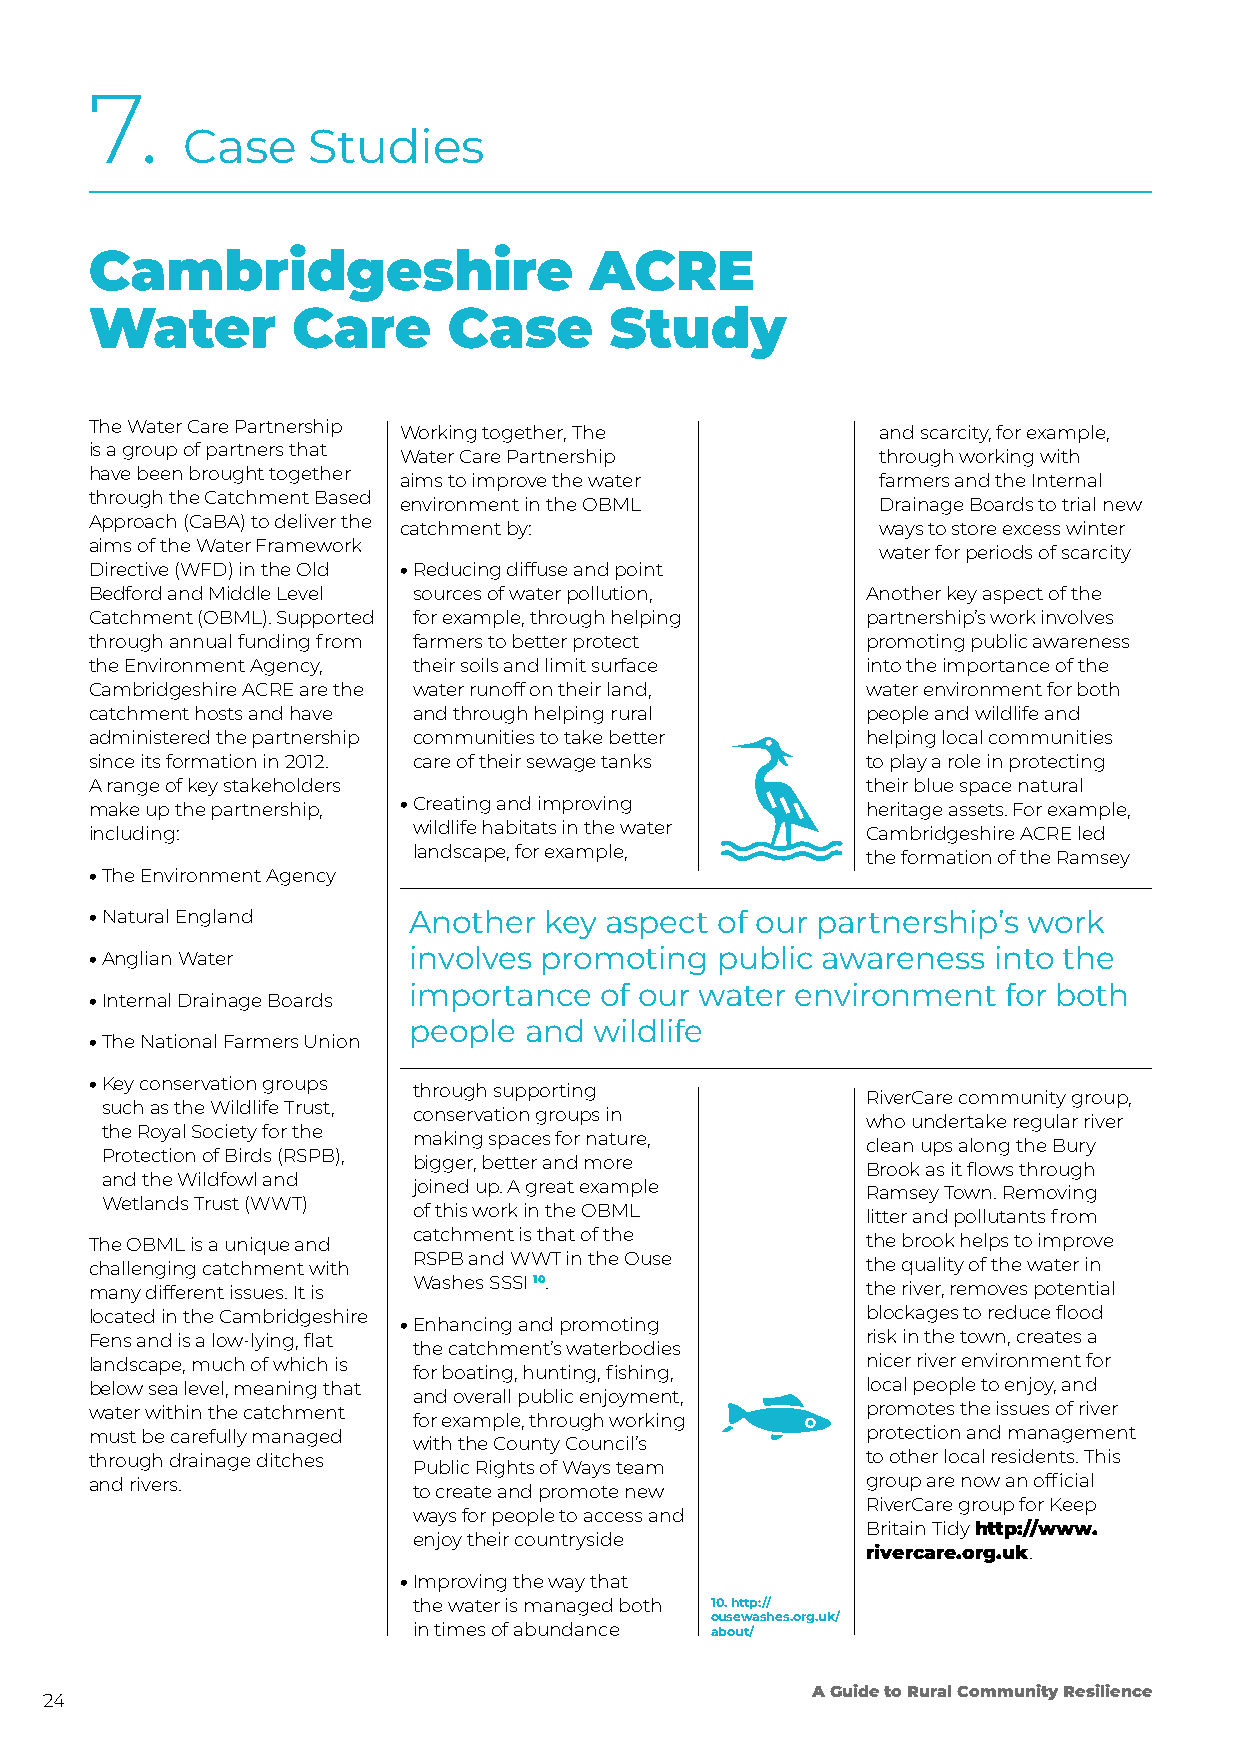
7.
 Case    Studies
 Cambridgeshire                   ACRE
 Water        Care       Case      Study
 The Water Care Partnership
 Working together, The           and scarcity, for example,
 is a group of partners that
 Water Care Partnership          through working with
 have been brought together
 aims to improve the water       farmers and the Internal
 through the Catchment Based
 environment in the OBML         Drainage Boards to trial new
 Approach (CaBA) to deliver the
 catchment by:                   ways to store excess winter
 aims of the Water Framework
 water for periods of scarcity
 Directive (WFD) in the Old • R educing diffuse and point
 Bedford and Middle Level sources of water pollution, Another key aspect of the
 Catchment (OBML). Supported for example, through helping partnership’s work involves
 through annual funding from farmers to better protect promoting public awareness
 the Environment Agency, their soils and limit surface into the importance of the
 Cambridgeshire ACRE are the water runoff on their land, water environment for both
 catchment hosts and have and through helping rural people and wildlife and
 administered the partnership communities to take better helping local communities
 since its formation in 2012. care of their sewage tanks to play a role in protecting
 A range of key stakeholders                        their blue space natural
 make up the partnership, • C reating and improving heritage assets. For example,
 including:           wildlife habitats in the water Cambridgeshire ACRE led
 landscape, for example,
 the formation of the Ramsey
 • The Environment Agency
 • Natural England    Another  key aspect of our partnership’s work
 • Anglian Water      involves promoting  public awareness   into the
 importance   of our water environment  for both
 • Internal Drainage Boards
 people  and wildlife
 • The National Farmers Union
 • K ey conservation groups
 through supporting
 RiverCare community group,
 such as the Wildlife Trust,
 conservation groups in
 who undertake regular river
 the Royal Society for the
 making spaces for nature,
 clean ups along the Bury
 Protection of Birds (RSPB),
 bigger, better and more
 Brook as it flows through
 and the Wildfowl and
 joined up. A great example
 Ramsey Town. Removing
 Wetlands Trust (WWT)
 of this work in the OBML
 litter and pollutants from
 catchment is that of the
 The OBML is a unique and                           the brook helps to improve
 RSPB and WWT in the Ouse
 challenging catchment with                         the quality of the water in
 Washes SSSI 10.
 many different issues. It is                       the river, removes potential
 located in the Cambridgeshire                      blockages to reduce flood
 • Enhancing and promoting
 Fens and is a low-lying, flat                      risk in the town, creates a
 the catchment’s waterbodies
 landscape, much of which is                        nicer river environment for
 for boating, hunting, fishing,
 below sea level, meaning that                      local people to enjoy, and
 and overall public enjoyment,
 water within the catchment                         promotes the issues of river
 for example, through working
 must be carefully managed                          protection and management
 with the County Council’s
 through drainage ditches                           to other local residents. This
 Public Rights of Ways team
 and rivers.                                        group are now an official
 to create and promote new
 RiverCare group for Keep
 ways for people to access and
 Britain Tidy http://www.
 enjoy their countryside
 rivercare.org.uk.
 • Improving the way that
 the water is managed both 10. http://
 ousewashes.org.uk/
 in times of abundance about/
 A Guide to Rural Community Resilience
 24